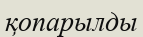
қопарылды